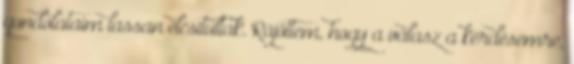
gondolataim lassan elcsitultak. Rájöttem, hogy a válasz a kérdésemre,